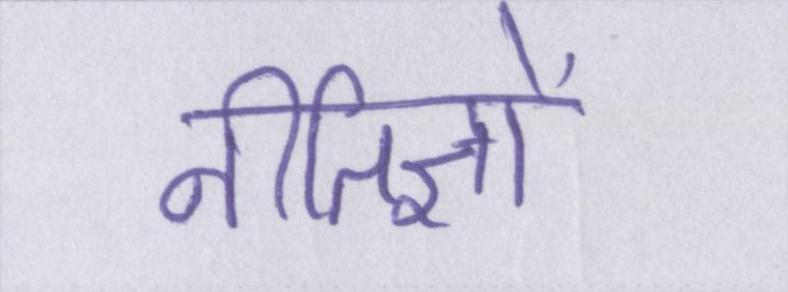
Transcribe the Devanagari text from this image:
नीतिज्ञों